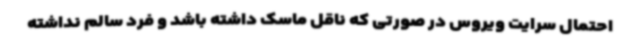
احتمال سرایت ویروس در صورتی که ناقل ماسک داشته باشد و فرد سالم نداشته